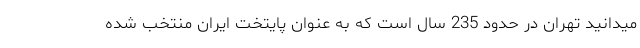
میدانید تهران در حدود 235 سال است که به عنوان پایتخت ایران منتخب شده